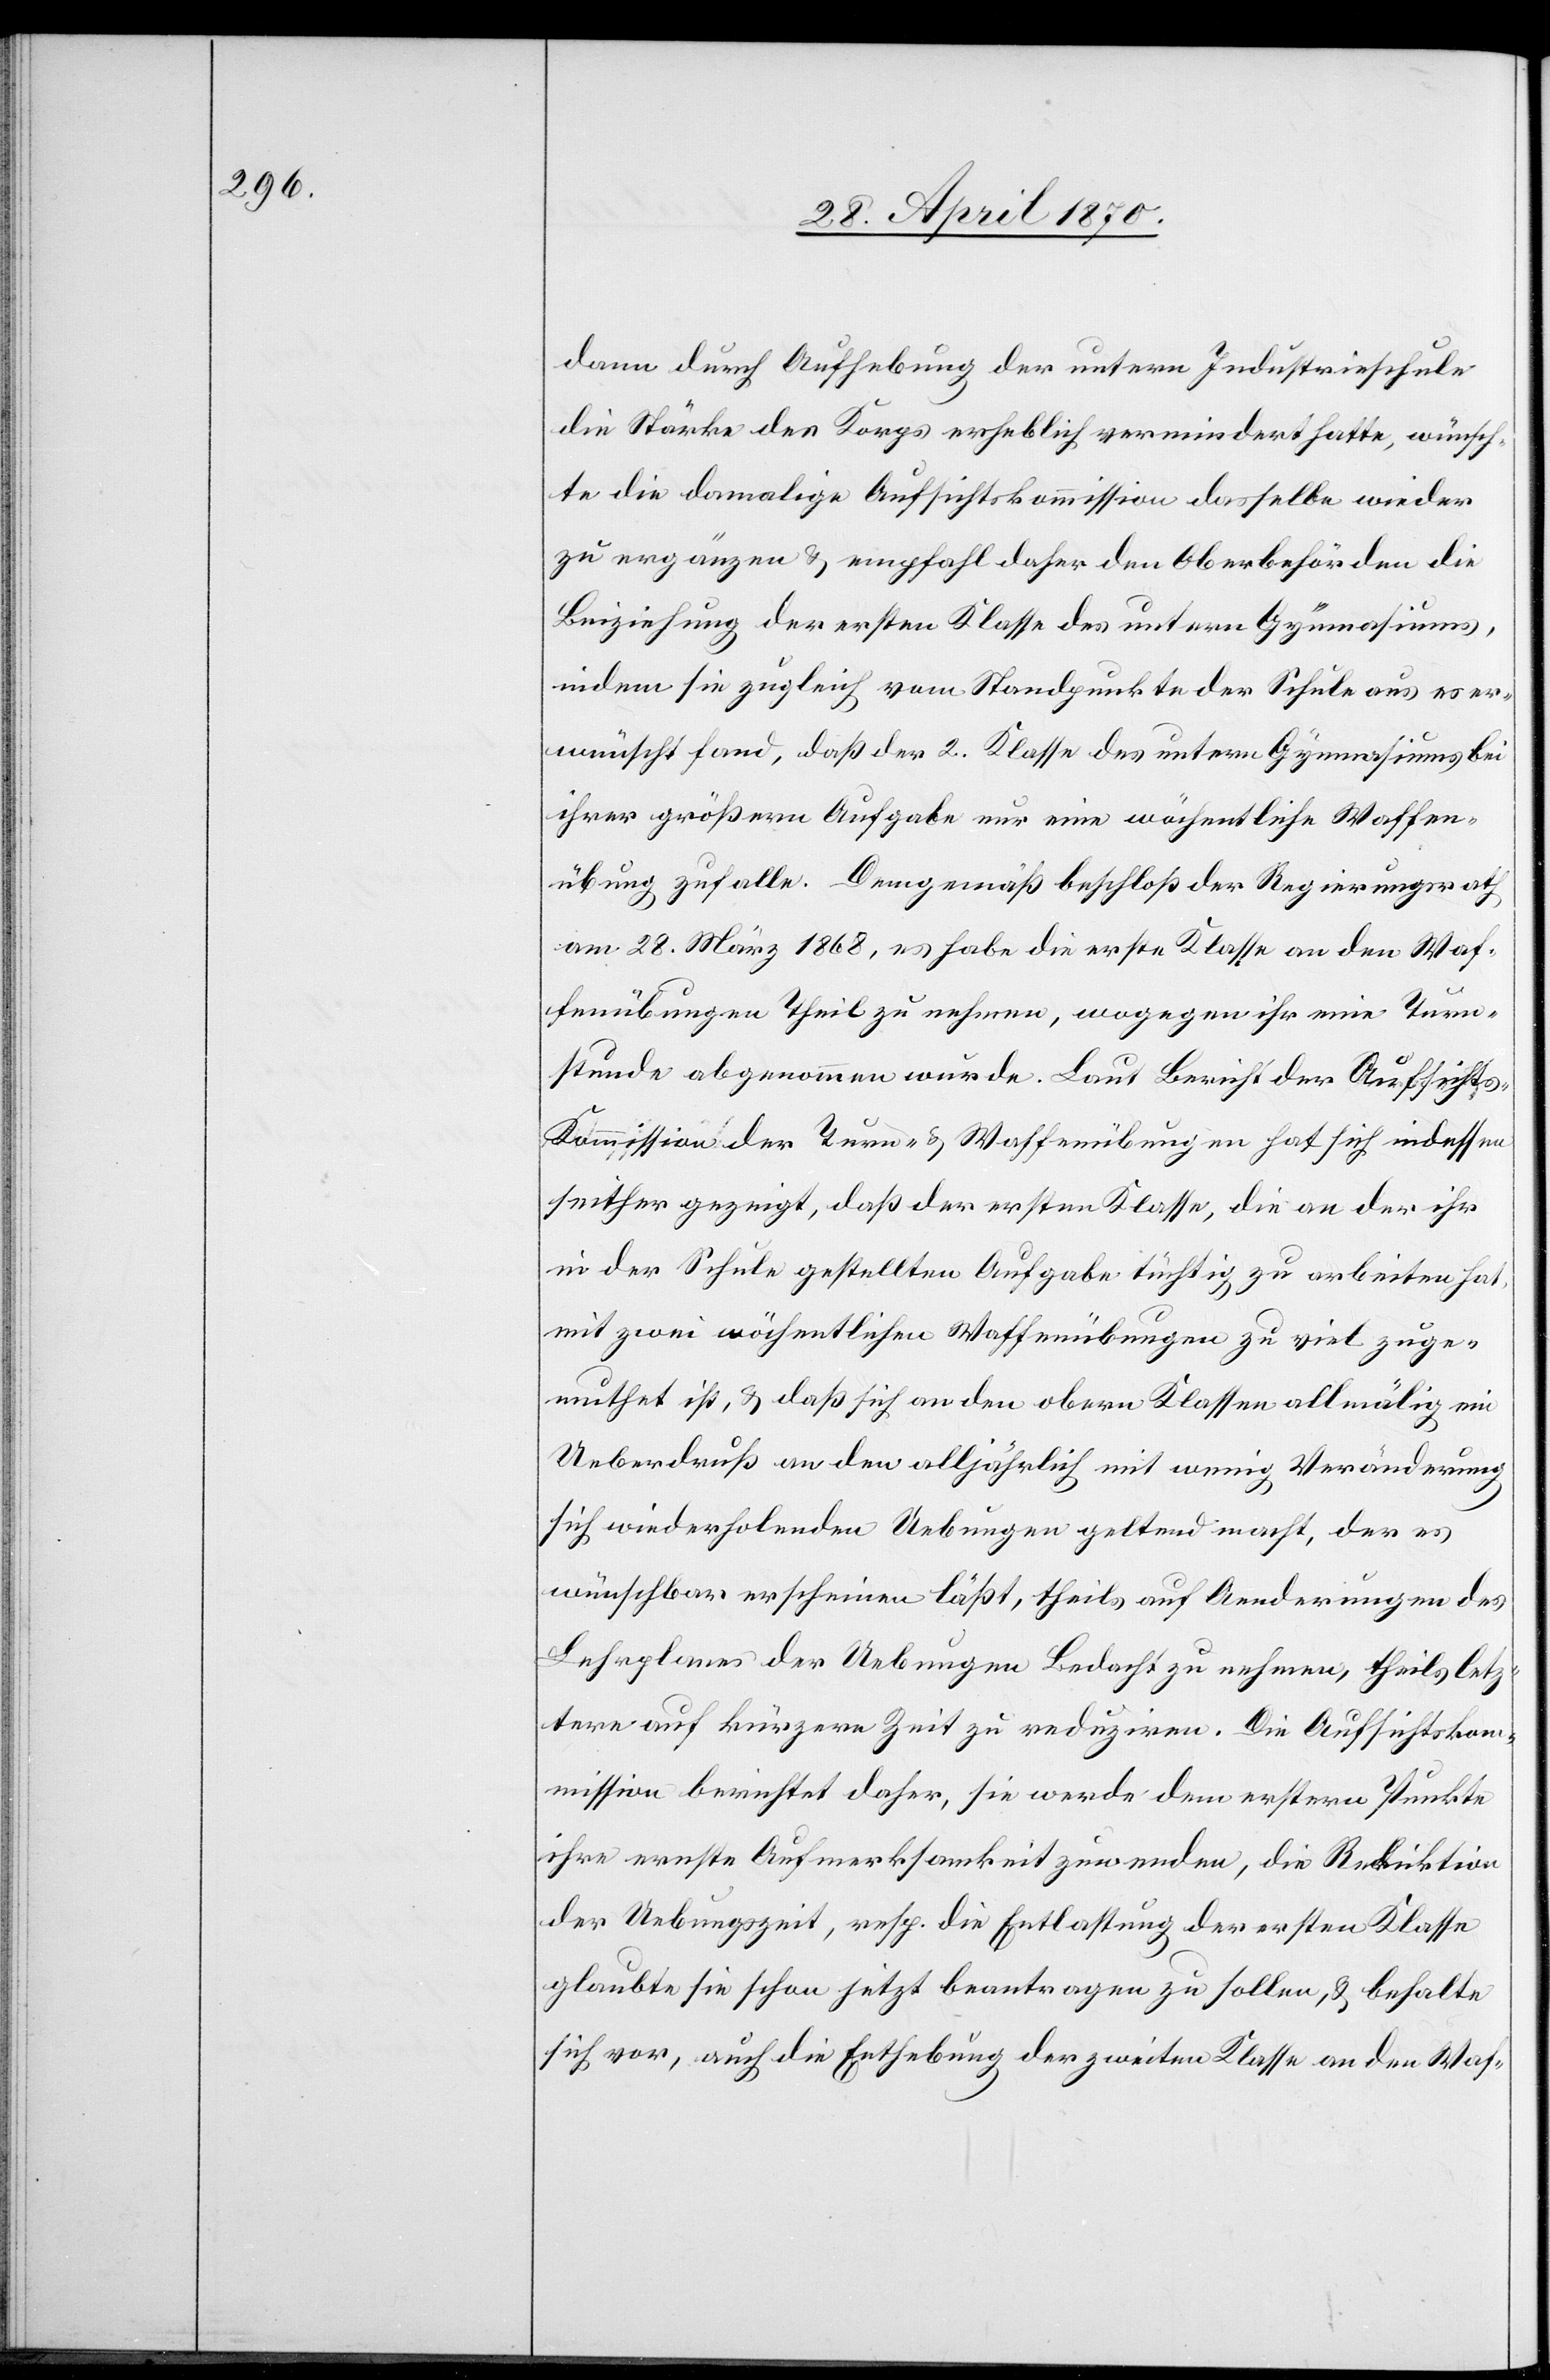
dann durch Aufhebung der untern Industrieschule
die Stärke des Korps [sich] erheblich vermindert hatte, wünsch¬
te die damalige Aufsichtskommission dasselbe wieder
zu ergänzen & empfahl daher den Oberbehörden die
Beiziehung der ersten Klasse des untern Gymnasiums,
indem sie zugleich vom Standpunkte der Schule aus es er¬
wünscht fand, daß der 2. Klasse des untern Gymnasiums bei
ihrer größern Aufgabe nur eine wöchentliche Waffen¬
übung zufalle. Demgemäß beschloß der Regierungsrath
am 28. März 1868, es habe die erste Klasse an den Waf¬
fenübungen Theil zu nehmen, wogegen ihr eine Turn¬
stunde abgenommen wurde. Laut Bericht der Aufsicht¬
s-Kommission der Turn- & Waffenübungen hat sich indessen
seither gezeigt, daß der ersten Klasse, die an der ihr
in der Schule gestellten Aufgabe tüchtig zu arbeiten hat,
mit zwei wöchentlichen Waffenübungen zu viel zuge¬
muthet ist, & daß sich an den obern Klassen allmälig ein
Ueberdruß an den alljährlich mit wenig Veränderung
sich wiederholenden Uebungen geltend macht, der es
wünschbar erscheinen läßt, theils auf Aenderungen des
Lehrplanes der Uebungen Bedacht zu nehmen, theils letz¬
tere auf kürzere Zeit zu reduziren. Die Aufsichtskom¬
mission berichtet daher, sie werde dem erstern Punkte
ihre ernste Aufmerksamkeit zuwenden, die Deduktion
der Uebungszeit, resp. die Entlassung der ersten Klasse
glaubte sie schon jetzt beantragen zu sollen, & behalte
sich vor, auch die Enthebung der zweiten Klasse an den Waf-